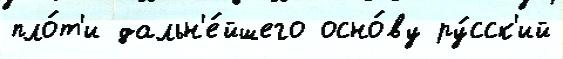
пло́т'и дальн'е́йшего осно́ву ру́сск'ий